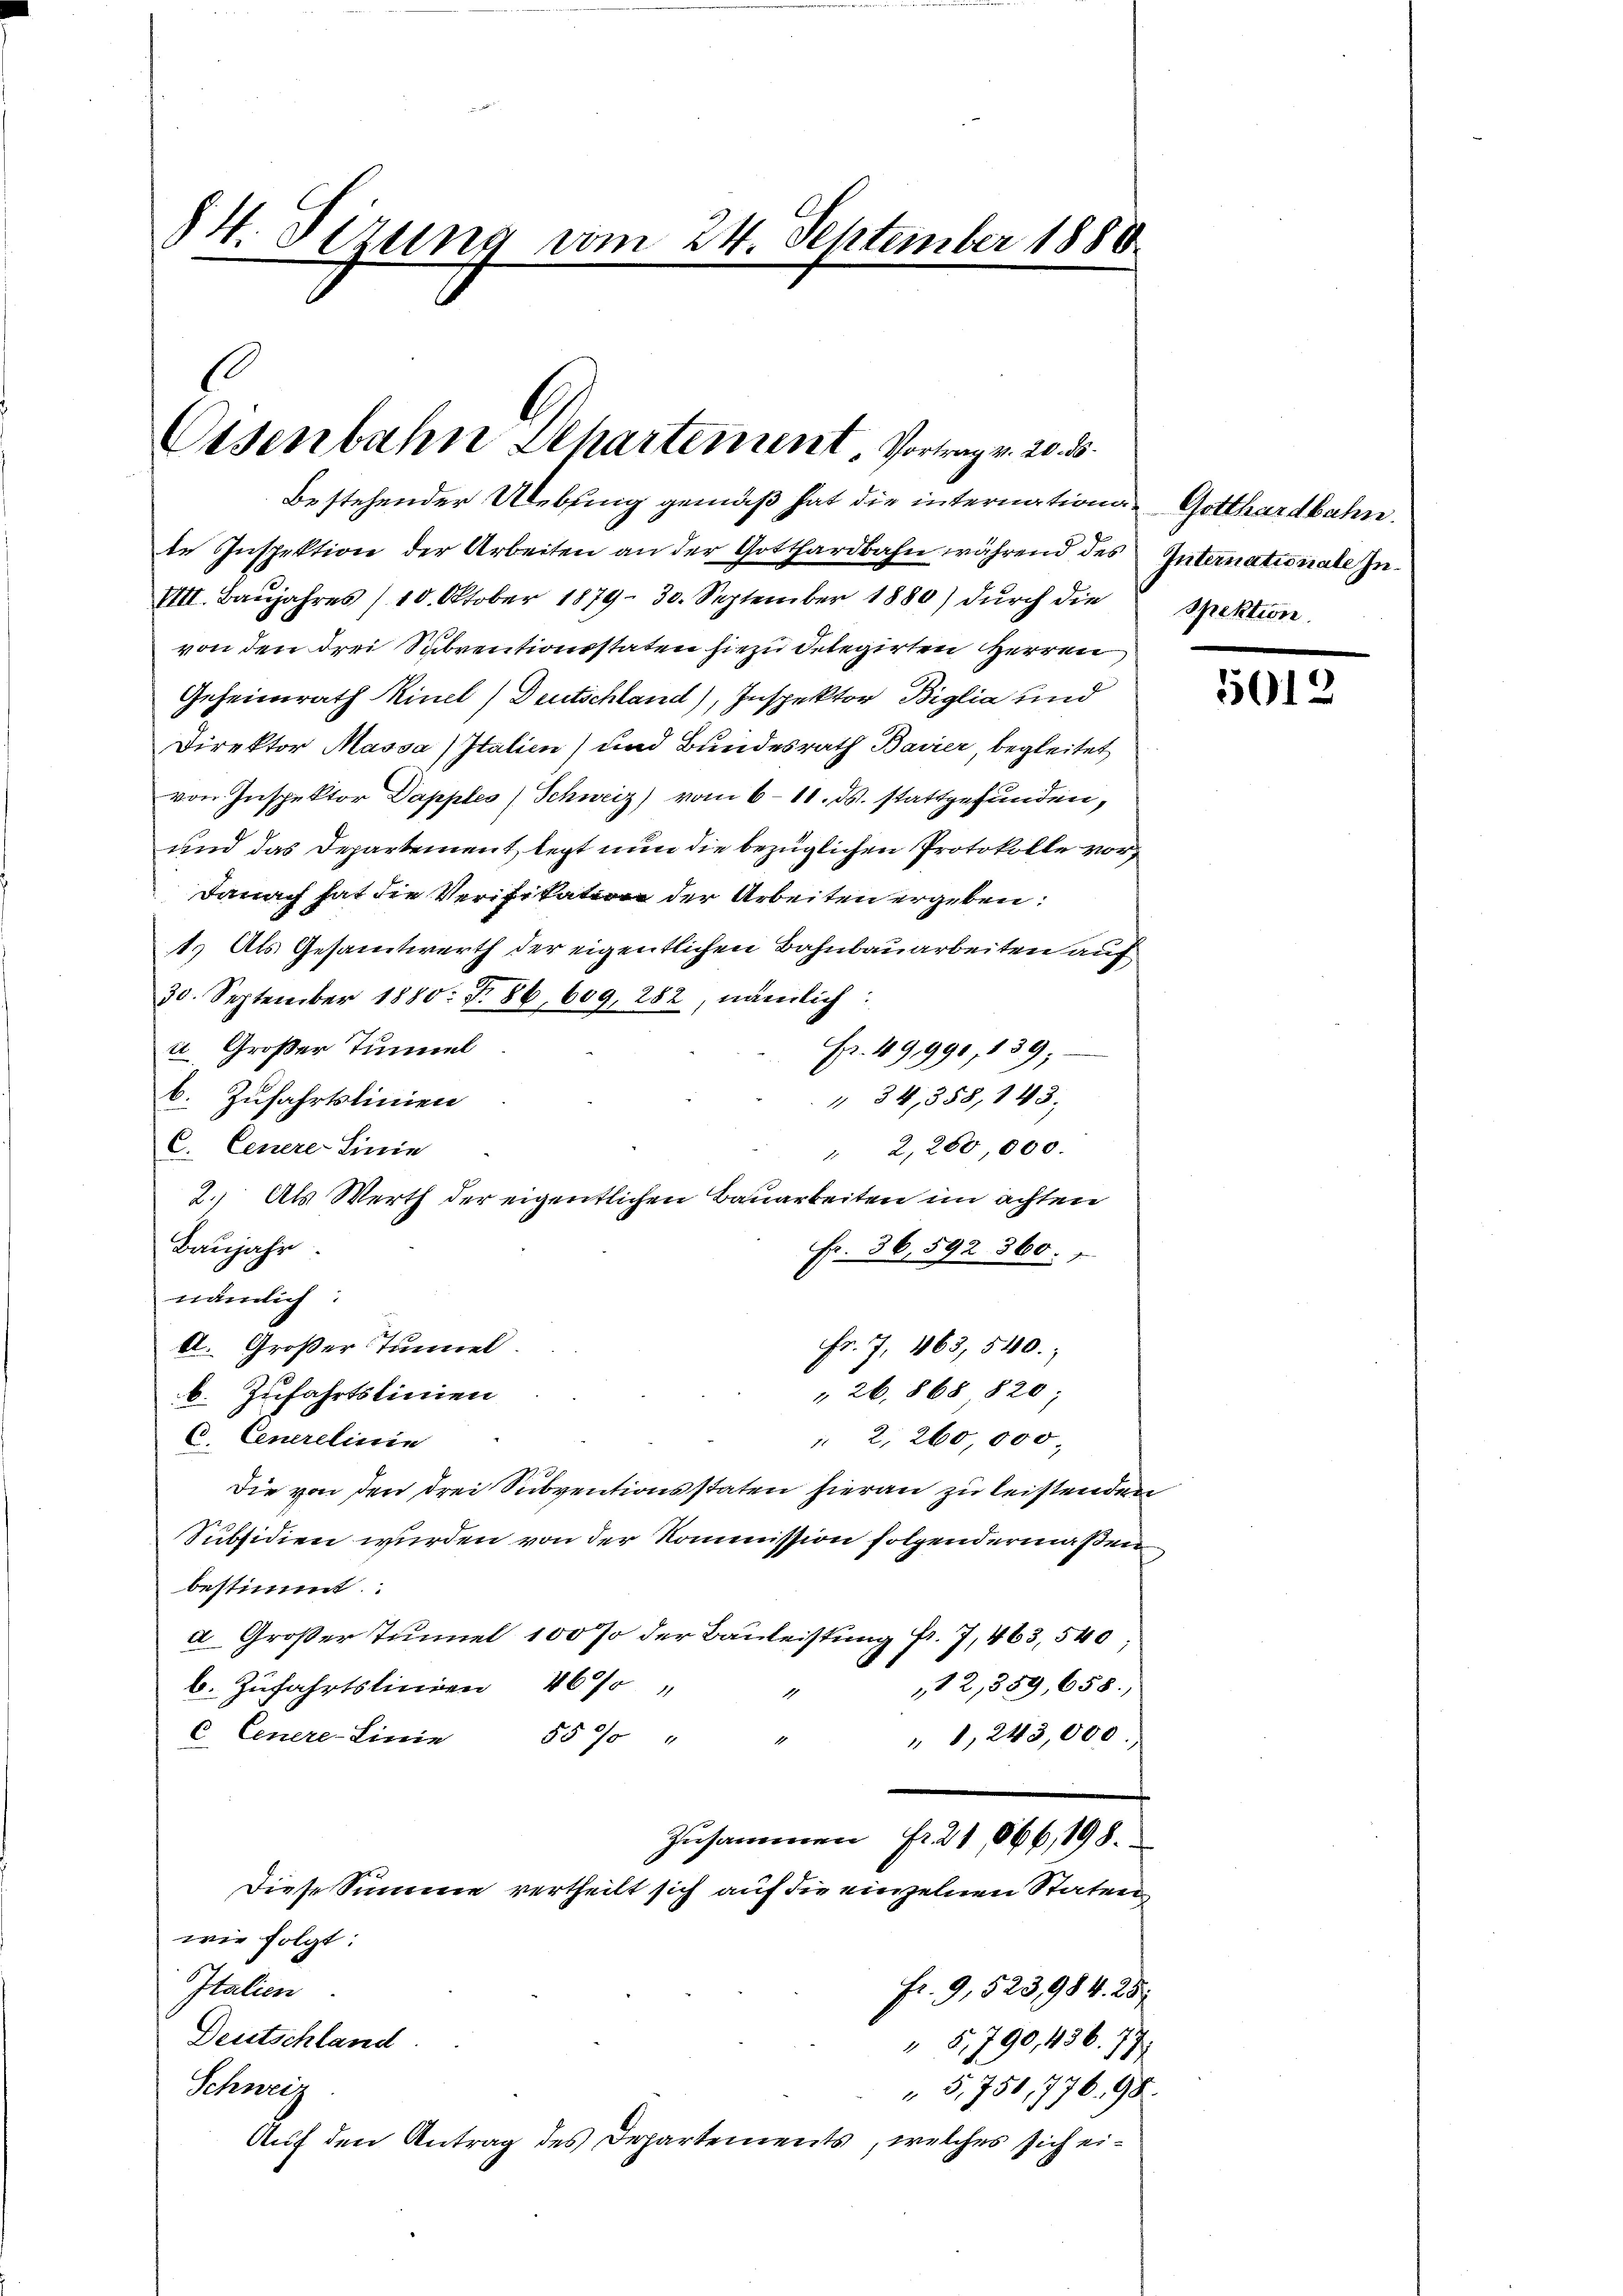
84. Sizung vom 24. September 1888

.
Osenbahn Departement. Vortrag v. 20. ds.

bestehender Uebung gemäß hat die internation Gotthardbahn.
te Inspektion der Arbeiten an der Gotthardbahn während des
VIII. Baŭjahres /10. Oktober 1879. 30. September 1880) durch die
von den drei Subventionsstaten hiezu delegirten Herren
Geheimrath Rinel) Deutschland), Inspektor Biglia und
Direktor Massa / Italien) und Bundesrath Bavier, begleitet
von Inspektor Dapples (Schweiz) vom 6.11. ds. stattgefunden,
und das Departement legt nun die bezüglichen Protokolle vor
Danach hat die Verifikation der Arbeiten ergeben:
1.) Als Gesammtwerth der eigentlichen Bahnbauarbeiten auf
30. September 1880. Fr. 86, 609, 282, nämlich:
u Großer Tunnel
Fr. 49,990, 139;
 34, 358, 143;
b. Zufahrtslinien
C. Cenere Linie
" 2,200,000.
Baujahr
Fr. 36,592 360.
nämlich:
A. Großer Tunnel
Fr. 7, 163, 540.
" 26, 868 820;
b. Zufahrtslinien
6. Cenerelinie
 2, 260,000
Die von den drei Subventionsstaten hieran zu leistenden
Subsidien wurden von der Kommission folgendermaßen
bestimmt.
a Großer Tunnel 100 % der Bauleistung fr. 7, 463,540
b. Zufahrtslinien 40% "
12,389, 658.)
C Cenere Linie 55% "
" 8, 243,000
1
Zusammen fr. 21, 866, 198.
Diese Summe vertheilt sich auf die einzelnen Staten
wie folgt:
Italien
fr. 9, 523,984. 257
Deutschland
 5, 790, 436. 77.
Schneig
5,750,776. 98.
Auf den Antrag des Departements, welches sich ei¬

2. Als Werth der eigentlichen Bauarbeiten im achten

Internationale In¬
Spektion.

5012